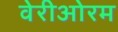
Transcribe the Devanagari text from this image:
वेरीओरम